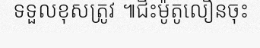
ទទួលខុសត្រូវ ៕ជិះម៉ូតូលឿនចុះ